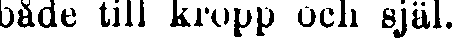
både till kropp och själ.